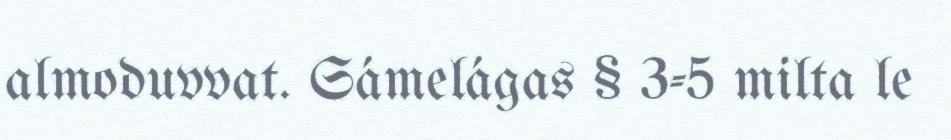
almoduvvat. Sámelágas § 3-5 milta le